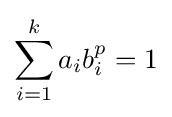
\sum _{i=1}^{k}a_{i}b_{i}^{p}=1